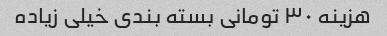
هزینه ٣٠ تومانی بسته بندی خیلی زیاده